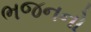
ભજનનો